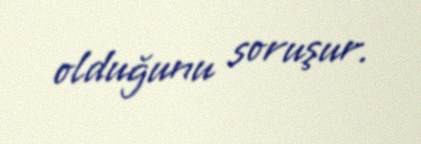
olduğunu soruşur.